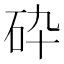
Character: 砕